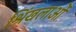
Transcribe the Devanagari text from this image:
श्रिंखलाओं